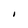
Character: I